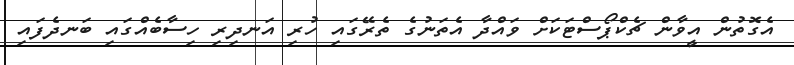
އެގޮތުން އީވާން ޗެކްޕޯސްޓަކަށް ވައްދާ އެތަނުގެ ތެރޭގައި ހުރި އަނދިރި ހިސާބެއްގައި ބަނދެފައި